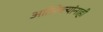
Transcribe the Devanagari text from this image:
अतिरेक्यांनाही